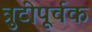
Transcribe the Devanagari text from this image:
त्रुटीपूर्वक